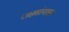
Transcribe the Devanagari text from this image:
राक्षसांपासून